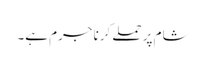
شام پر حملے کرنا جرم ہے۔